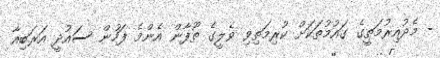
- މެދުއިރުމަތީގެ ގައުމުތަކަށް ކުރިމަތިވި ވެލީގެ ތޫފާން އެންމެ ފަހުން ސައުދީ އަރަބިއާ